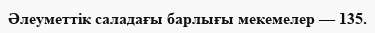
Әлеуметтік саладағы барлығы мекемелер — 135.